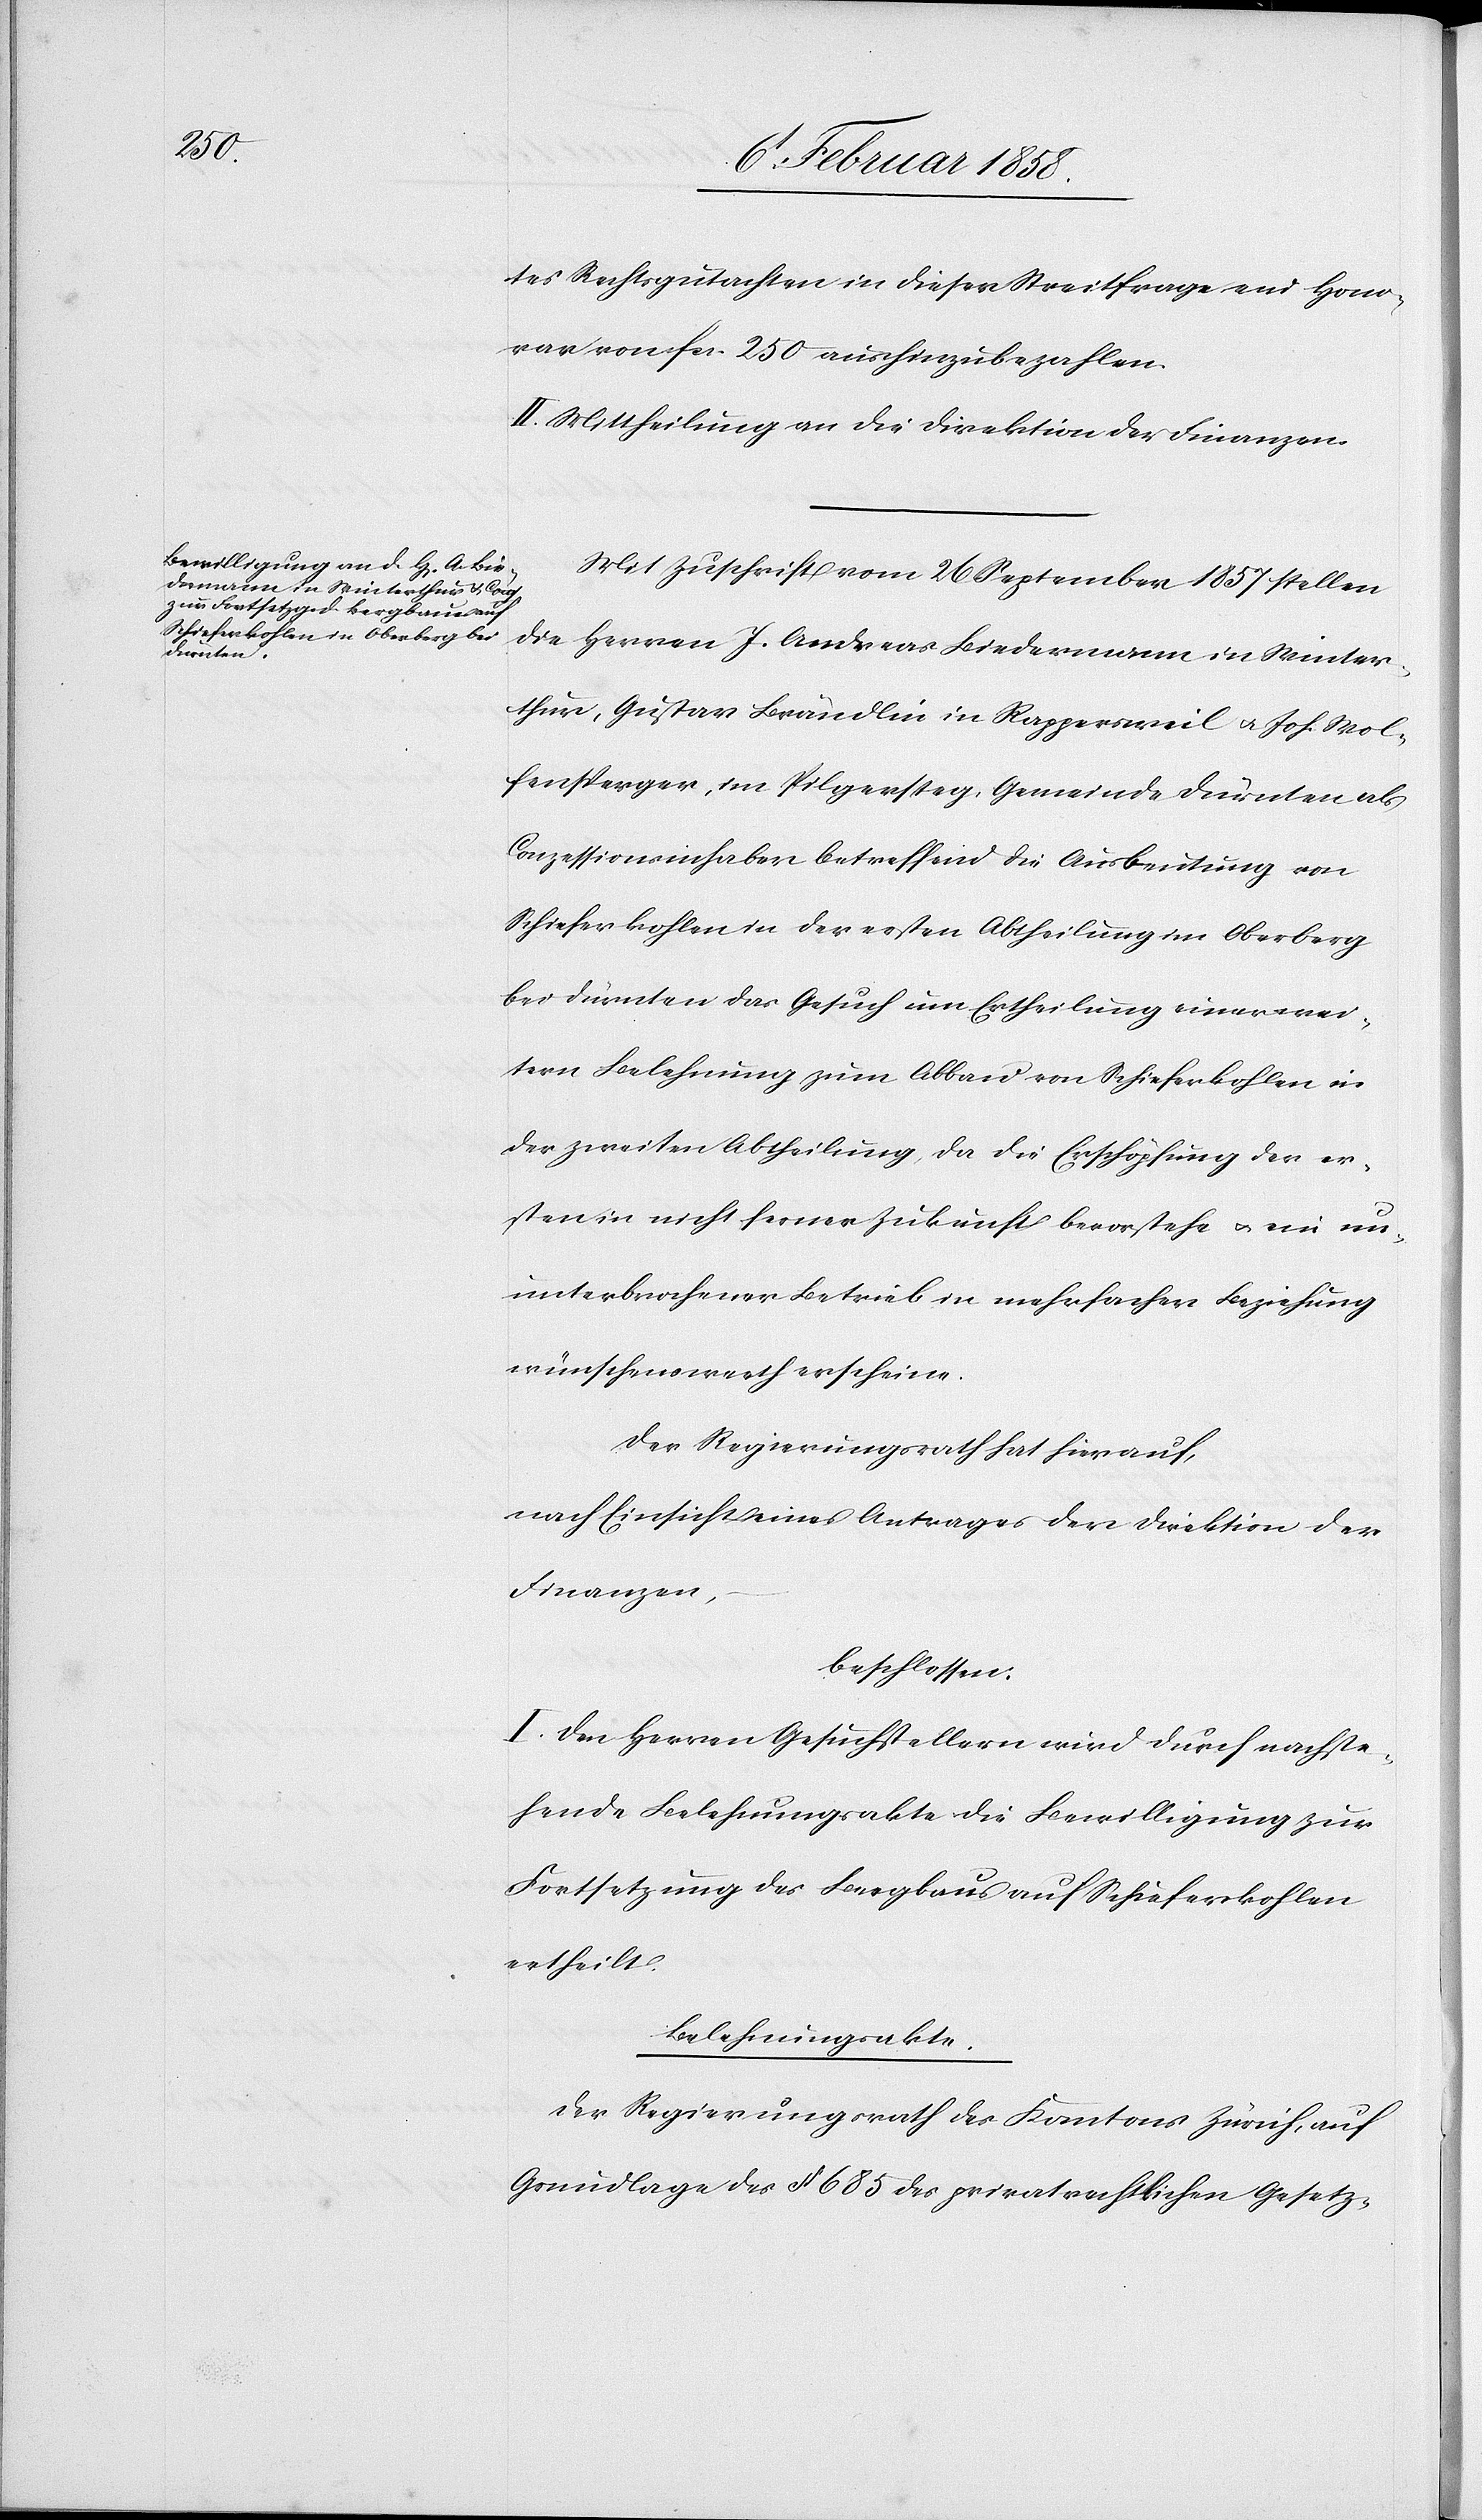
tes Rechtsgutachten in dieser Streitfrage ein Hono¬
rar von fcs. 250 aushinzubezahlen.
II. Mittheilung an die Direktion der Finanzen.
Mit Zuschrift vom 26 September 1857 stellen
die Herren J. Andreas Biedermann in Winter¬
thur, Gustav Brändlin in Rappersweil u. Joh. Wol¬
fensperger, im Pilgersteg, Gemeinde Dürnten als
Conzessionsinhaber betreffend die Ausbeutung von
Schieferkohlen in der ersten Abtheilung im Oberberg
bei Dürnten das Gesuch um Ertheilung einer wei¬
tern Belehnung zum Abbau von Schieferkohlen in
der zweiten Abtheilung, da die Erschöpfung der er¬
sten in nicht ferner Zukunft bevorstehe u. ein un¬
unterbrochener Betrieb in mehrfacher Beziehung
wünschenswerth erscheine.
Der Regierungsrath hat hierauf,
nach Einsicht eines Antrages der Direktion der
Finanzen,
beschlossen:
1. Den Herren Gesuchstellern wird durch nachste¬
hende Belehnungsakte die Bewilligung zur
Fortsetzung des Bergbaus auf Schieferkohlen
ertheilt.
Belehnungsakte.
Der Regierungsrath des Kantons Zürich, auf
Grundlage des § 685 des privatrechtlichen Gesetz-